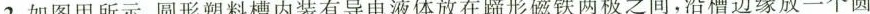
2.如图甲所示，圆形塑料槽内装有导电液体放在蹄形磁铁两极之间，沿槽边缘放一个圆